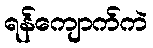
ရန်ကျောက်ကဲ